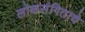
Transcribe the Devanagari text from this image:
लोकसंगिताचे